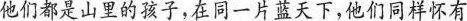
他们都是山里的孩子，在同一片蓝天下，他们同样怀有